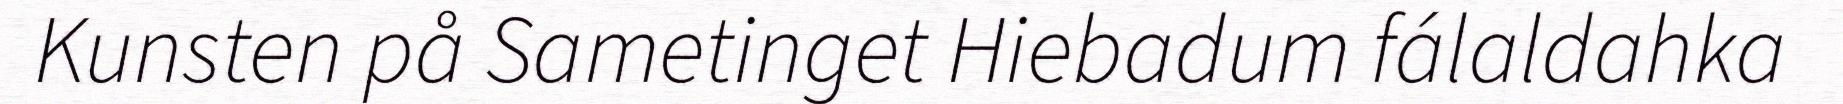
Kunsten på Sametinget Hiebadum fálaldahka